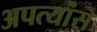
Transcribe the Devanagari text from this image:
अपत्यांस